Scottish Leaving Certificate Examination, 1960
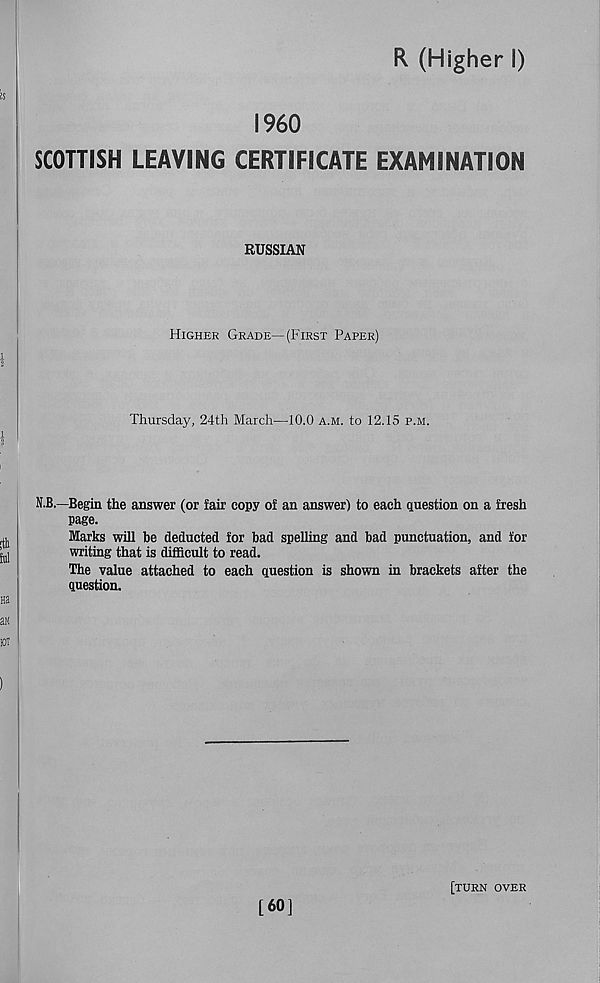
R (Higher I)
I960
SCOTTISH LEAVING CERTIFICATE EXAMINATION
RUSSIAN
Higher Grade—(First Paper)
Thursday, 24th March—40.0 a.m. to 12.15 p.m.
N.B.—Begin the answer (or fair copy of an answer) to each question on a fresh
page.
Marks will be deducted for bad spelling and bad punctuation, and for
writing that is difficult to read.
The value attached to each question is shown in brackets after the
question.
[60]
[turn over